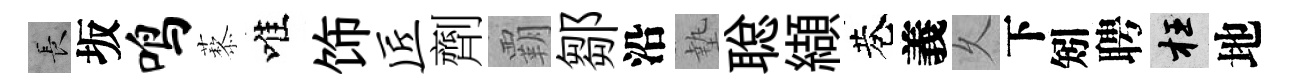
长坂鸣藜唯饰匠劑覇鄒沿墊聪纈巷義乆下矧聘枉地